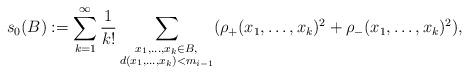
LaTeX: \begin{align*}s_0(B) :=\sum_{k=1}^\infty\frac{1}{k!} \sum_{\substack{x_1,\ldots, x_k\in B,\\ d(x_1,\ldots,x_k)<m_{i-1} } } (\rho_+(x_1,\ldots,x_k)^2+\rho_-(x_1,\ldots, x_k)^2),\end{align*}